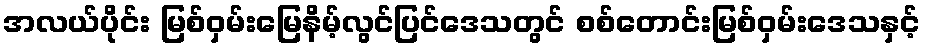
အလယ်ပိုင်း မြစ်ဝှမ်းမြေနိမ့်လွင်ပြင်ဒေသတွင် စစ်တောင်းမြစ်ဝှမ်းဒေသနှင့်